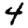
Digit: 4